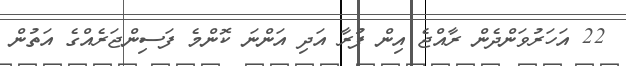
22 އަހަރުވަންދެން ރާއްޖެ އިން ފުރާ އަދި އަންނަ ކޮންމެ ފަސިންޖަރެއްގެ އަތުން